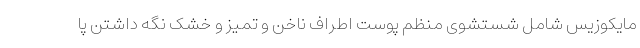
مایکوزیس شامل شستشوی منظم پوست اطراف ناخن و تمیز و خشک نگه داشتن پا